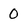
Character: O